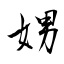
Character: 娚